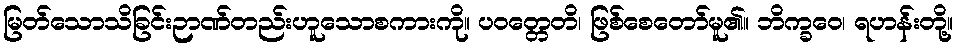
မြတ်သောသိခြင်းဉာဏ်တည်းဟူသောစကားကို။ ပဝတ္တေတိ၊ ဖြစ်စေတော်မူ၏။ ဘိက္ခဝေ၊ ရဟန်းတို့။